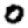
Digit: 0